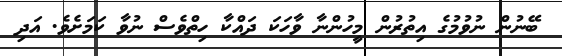
ބޭނުން ނުވުމުގެ އިތުރުން މީހުންނާ ވާހަކަ ދައްކާ ހިތްވެސް ނުވާ ކަމަށެވެ. އަދި